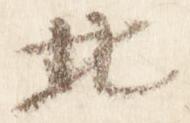
北